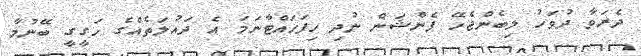
ދެރަވާ ދުވަހު ލިބެންޖެހޭ ޕެންޝަން ނުދި ހިފަހައްޓާނަމަ އެ ދައުލަތެއްގެ ހަގީގީ ބޭނުމާ